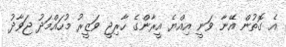
އެ ގޮތުން އޭނާ ވަނީ އިއްޔެ އީރާންގެ ހާރިޖީ ވަޒީރު މުހައްމަދު ޖަވާދު